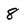
Character: 8